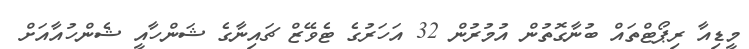
މީޑިއާ ރިޕޯޓްތައް ބުނާގޮތުން އުމުރުން 32 އަހަރުގެ ޓެވޭޒް ޗައިނާގެ ޝަންހާއީ ޝެންހުއާއަށް